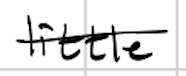
Text: little
Cross-out: single-line
Writing tool: digital_black